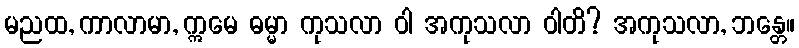
မညထ, ကာလာမာ, ဣမေ ဓမ္မာ ကုသလာ ဝါ အကုသလာ ဝါတိ? အကုသလာ, ဘန္တေ။